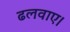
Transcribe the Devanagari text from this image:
ढलवाए।